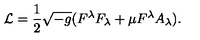
{ \cal L } = { \frac { 1 } { 2 } } \sqrt { - g } ( F ^ { \lambda } F _ { \lambda } + \mu F ^ { \lambda } A _ { \lambda } ) .